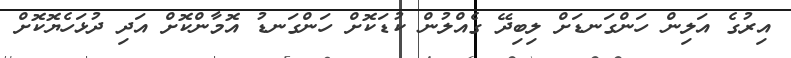
އިރުގެ އަލިން ހަންގަނޑަށް ލިބިދޭ ގެއްލުން ކުޑަކޮށް ހަންގަނޑު އޮމާންކޮށް އަދި ދުޅަހެޔޮކޮށް